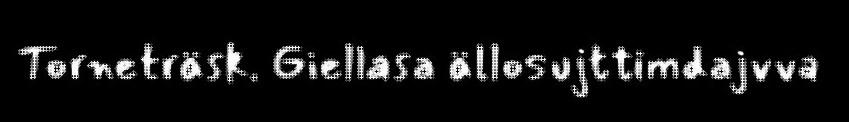
Torneträsk. Giellasa ällosujttimdajvva